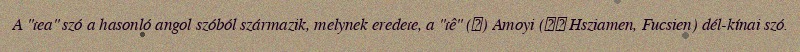
A "tea" szó a hasonló angol szóból származik, melynek eredete, a "tê" (茶) Amoyi (廈門 Hsziamen, Fucsien) dél-kínai szó.